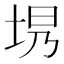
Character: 𪣍